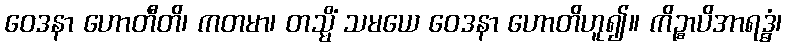
ဝေဒနာ ဟောတီတိ၊ ကတမာ၊ တသ္မိံ သမယေ ဝေဒနာ ဟောတိဟူ၍။ ကိဉ္စာပိအာရဒ္ဓံ၊